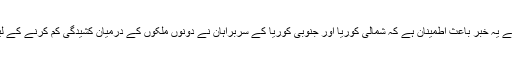
ایسی خطرناک صورتحال میں دنیا کے لیے یہ خبر باعث اطمینان ہے کہ شمالی کوریا اور جنوبی کوریا کے سربراہان نے دونوں ملکوں کے درمیان کشیدگی کم کرنے کے لیے مذاکرات پر آمادگی کا اظہار کیا ہے۔